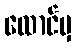
ထောင်မှ